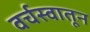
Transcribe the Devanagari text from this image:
वर्चस्वातून